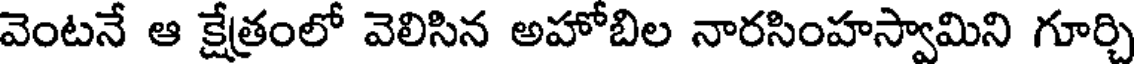
వెంటనే ఆ క్షేత్రంలో వెలిసిన అహోబిల నారసింహస్వామిని గూర్చి